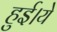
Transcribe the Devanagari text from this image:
हुई।ये